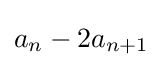
a_{n}-2a_{n+1}